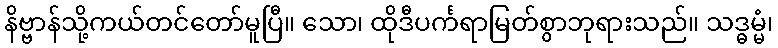
နိဗ္ဗာန်သို့ကယ်တင်တော်မူပြီ။ သော၊ ထိုဒီပင်္ကရာမြတ်စွာဘုရားသည်။ သဒ္ဓမ္မံ၊